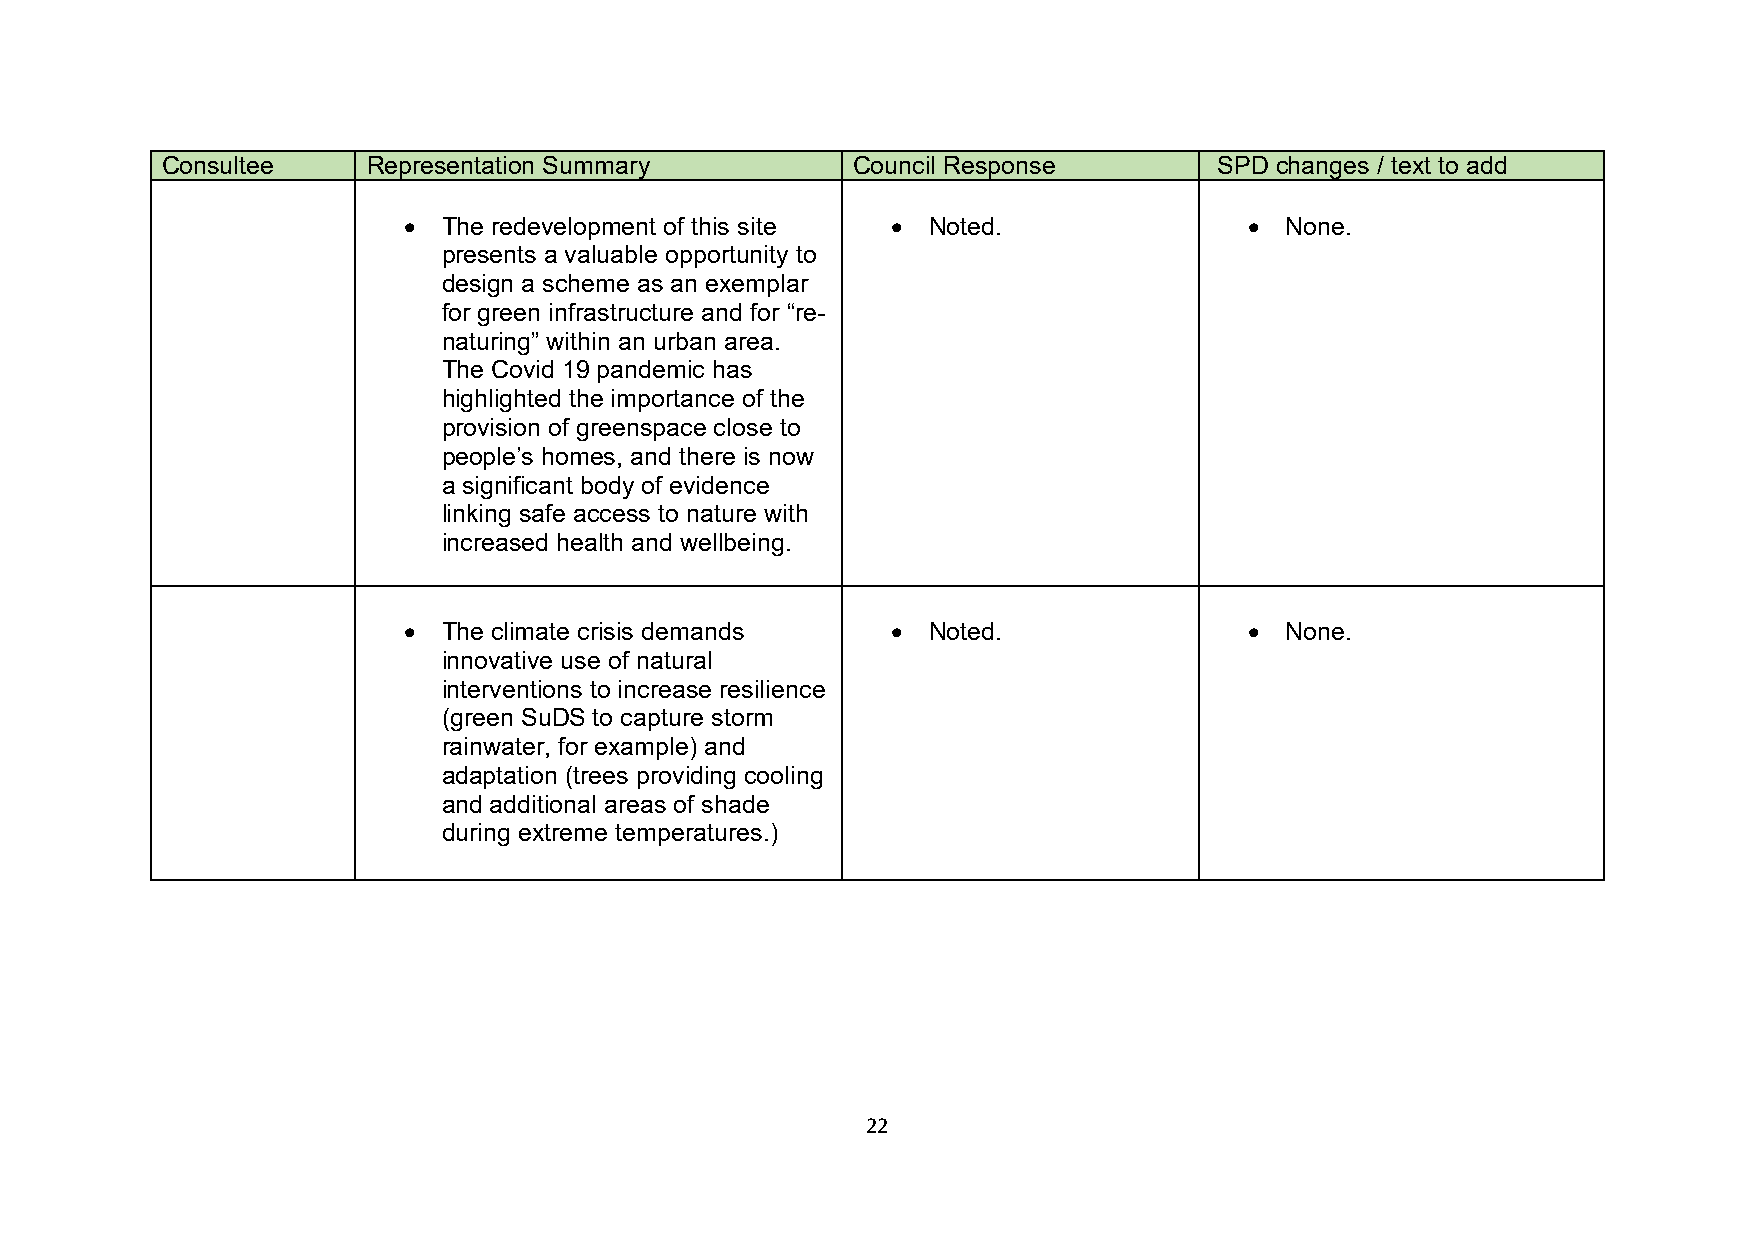
Consultee    Representation Summary          Council Response         SPD changes / text to add
 • The redevelopment of this site • Noted.               • None.
 presents a valuable opportunity to
 design a scheme as an exemplar
 for green infrastructure and for “re-
 naturing” within an urban area.
 The Covid 19 pandemic has
 highlighted the importance of the
 provision of greenspace close to
 people’s homes, and there is now
 a significant body of evidence
 linking safe access to nature with
 increased health and wellbeing.
 • The climate crisis demands    • Noted.                • None.
 innovative use of natural
 interventions to increase resilience
 (green SuDS to capture storm
 rainwater, for example) and
 adaptation (trees providing cooling
 and additional areas of shade
 during extreme temperatures.)
 22